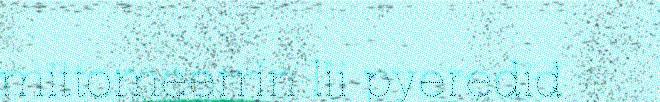
mittomeerrin lii pyerediđ